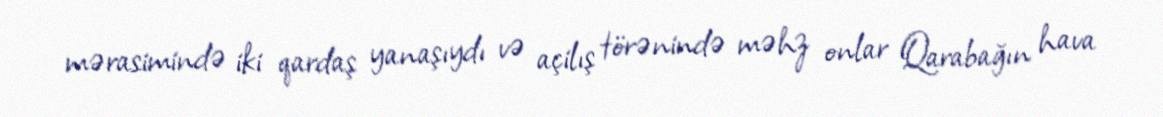
mərasimində iki qardaş yanaşıydı və açilış törənində məhz onlar Qarabağın hava